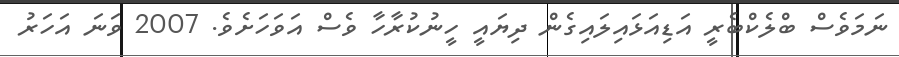
ނަމަވެސް ބްލެކްބެރީ އަޑިއަޅައިލައިގެން ދިޔައީ ހީނުކުރާހާ ވެސް އަވަހަށެވެ. 2007 ވަނަ އަހަރު